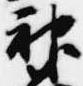
神